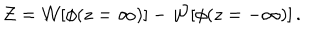
{ \cal Z } = { \cal W } [ \phi ( z = \infty ) ] - { \cal W } [ \phi ( z = - \infty ) ] \, .